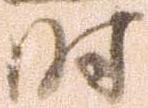
時